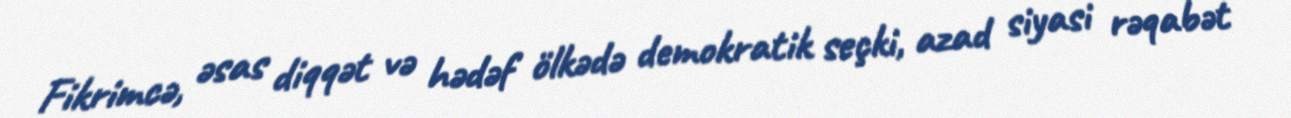
Fikrimcə, əsas diqqət və hədəf ölkədə demokratik seçki, azad siyasi rəqabət